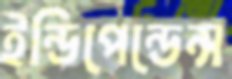
ইন্ডিপেন্ডেন্স